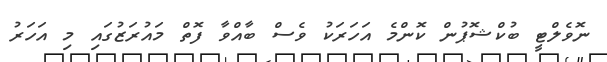
ނޮވެލްޓީ ބުކްޝޮޕުން ކޮންމެ އަހަރަކު ވެސް ބާއްވާ ފޮތް މައުރަޒުގައި މި އަހަރު